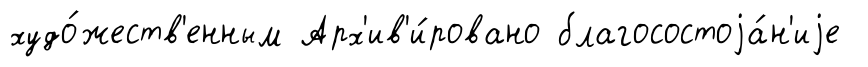
худо́жеств'енным Арх'ив'и́ровано благосостоjа́н'иjе